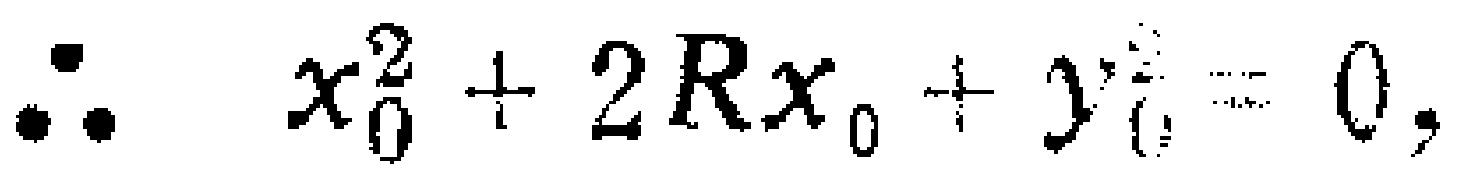
\(\therefore \quad x_{0}^{2}+2 R x_{0}+y_{0}^{2}=0,\)